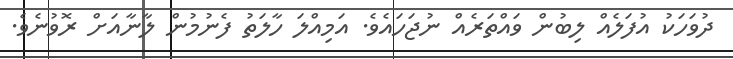
ދުވަހަކު އުފަލެއް ލިބުން ވައްތަރެއް ނުޖަހައެވެ. އަމިއްލަ ހާލަތު ފެނުމުން ލާނާއަށް ރޮވުނެވެ.